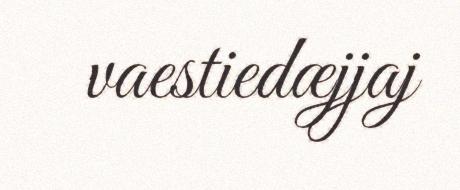
vaestiedæjjaj